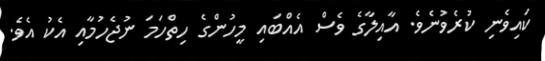
ކައިވެނި ކުރެވުނެވެ. އާއިލާގެ ވެސް އެއްބައި މީހުންގެ ހިތްހަމަ ނުޖެހުމާއި އެކު އެވެ.